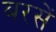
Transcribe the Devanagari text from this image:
बरसें